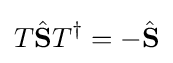
T{\hat {\mathbf {S} }}T^{\dagger }=-{\hat {\mathbf {S} }}